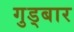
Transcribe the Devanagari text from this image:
गुड्बार